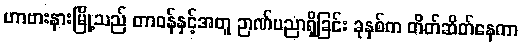
ဟာဗားနားမြို့သည် တာဝန်နှင့်အတူ ဉာဏ်ပညာရှိခြင်း ခုနှစ်က တိတ်ဆိတ်နေကာ